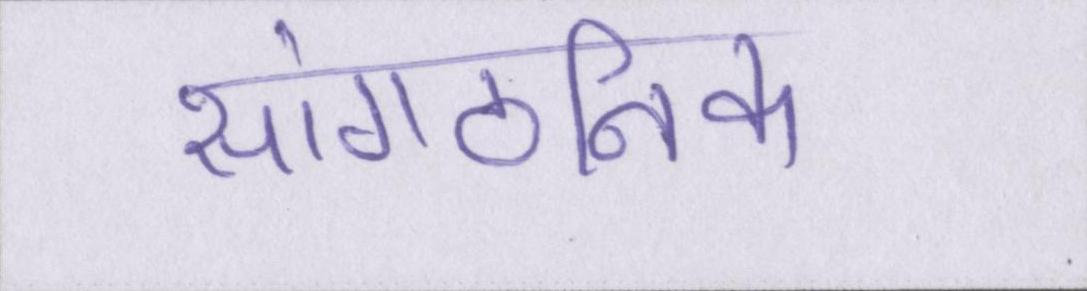
सांगठनिक